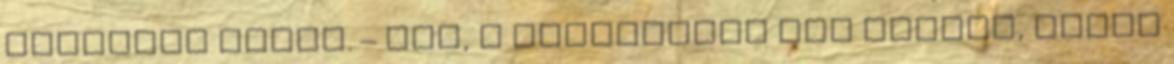
szakítja félbe. – Jaj, a tamagocsim Azt hiszem, ideje